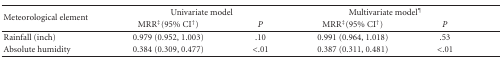
<table><thead><tr><td rowspan="2"><b>Meteorological element</b></td><td colspan="2"><b>Univariate model</b></td><td colspan="2"><b>Multivariate model<sup>¶</sup></b></td></tr><tr><td><b>MRR<sup>‡</sup>(95% CI<sup>†</sup>)</b></td><td><b><i>P</i></b></td><td><b>MRR<sup>‡</sup>(95% CI<sup>†</sup>)</b></td><td><b><i>P</i></b></td></tr></thead><tbody><tr><td>Rainfall (inch)</td><td>0.979 (0.952, 1.003)</td><td>.10</td><td>0.991 (0.964, 1.018)</td><td>.53</td></tr><tr><td>Absolute humidity</td><td>0.384 (0.309, 0.477)</td><td>&lt;.01</td><td>0.387 (0.311, 0.481)</td><td>&lt;.01</td></tr></tbody></table>